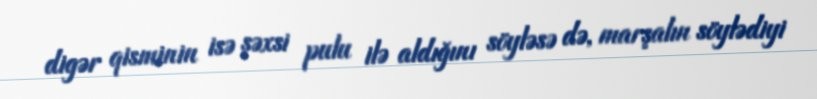
digər qisminin isə şəxsi pulu ilə aldığını söyləsə də, marşalın söylədiyi